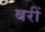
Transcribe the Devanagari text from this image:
बरीं